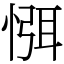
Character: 㥝